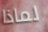
لماذا